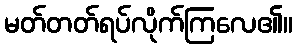
မတ်တတ်ရပ်လိုက်ကြလေ၏။